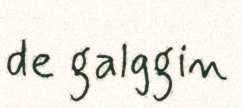
de galggin